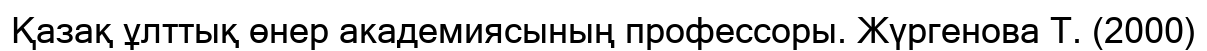
Қазақ ұлттық өнер академиясының профессоры. Жүргенова Т. (2000)